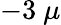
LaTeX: -3\ \mu